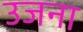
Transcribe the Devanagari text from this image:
उजना